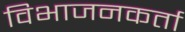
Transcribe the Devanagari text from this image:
विभाजनकर्ता